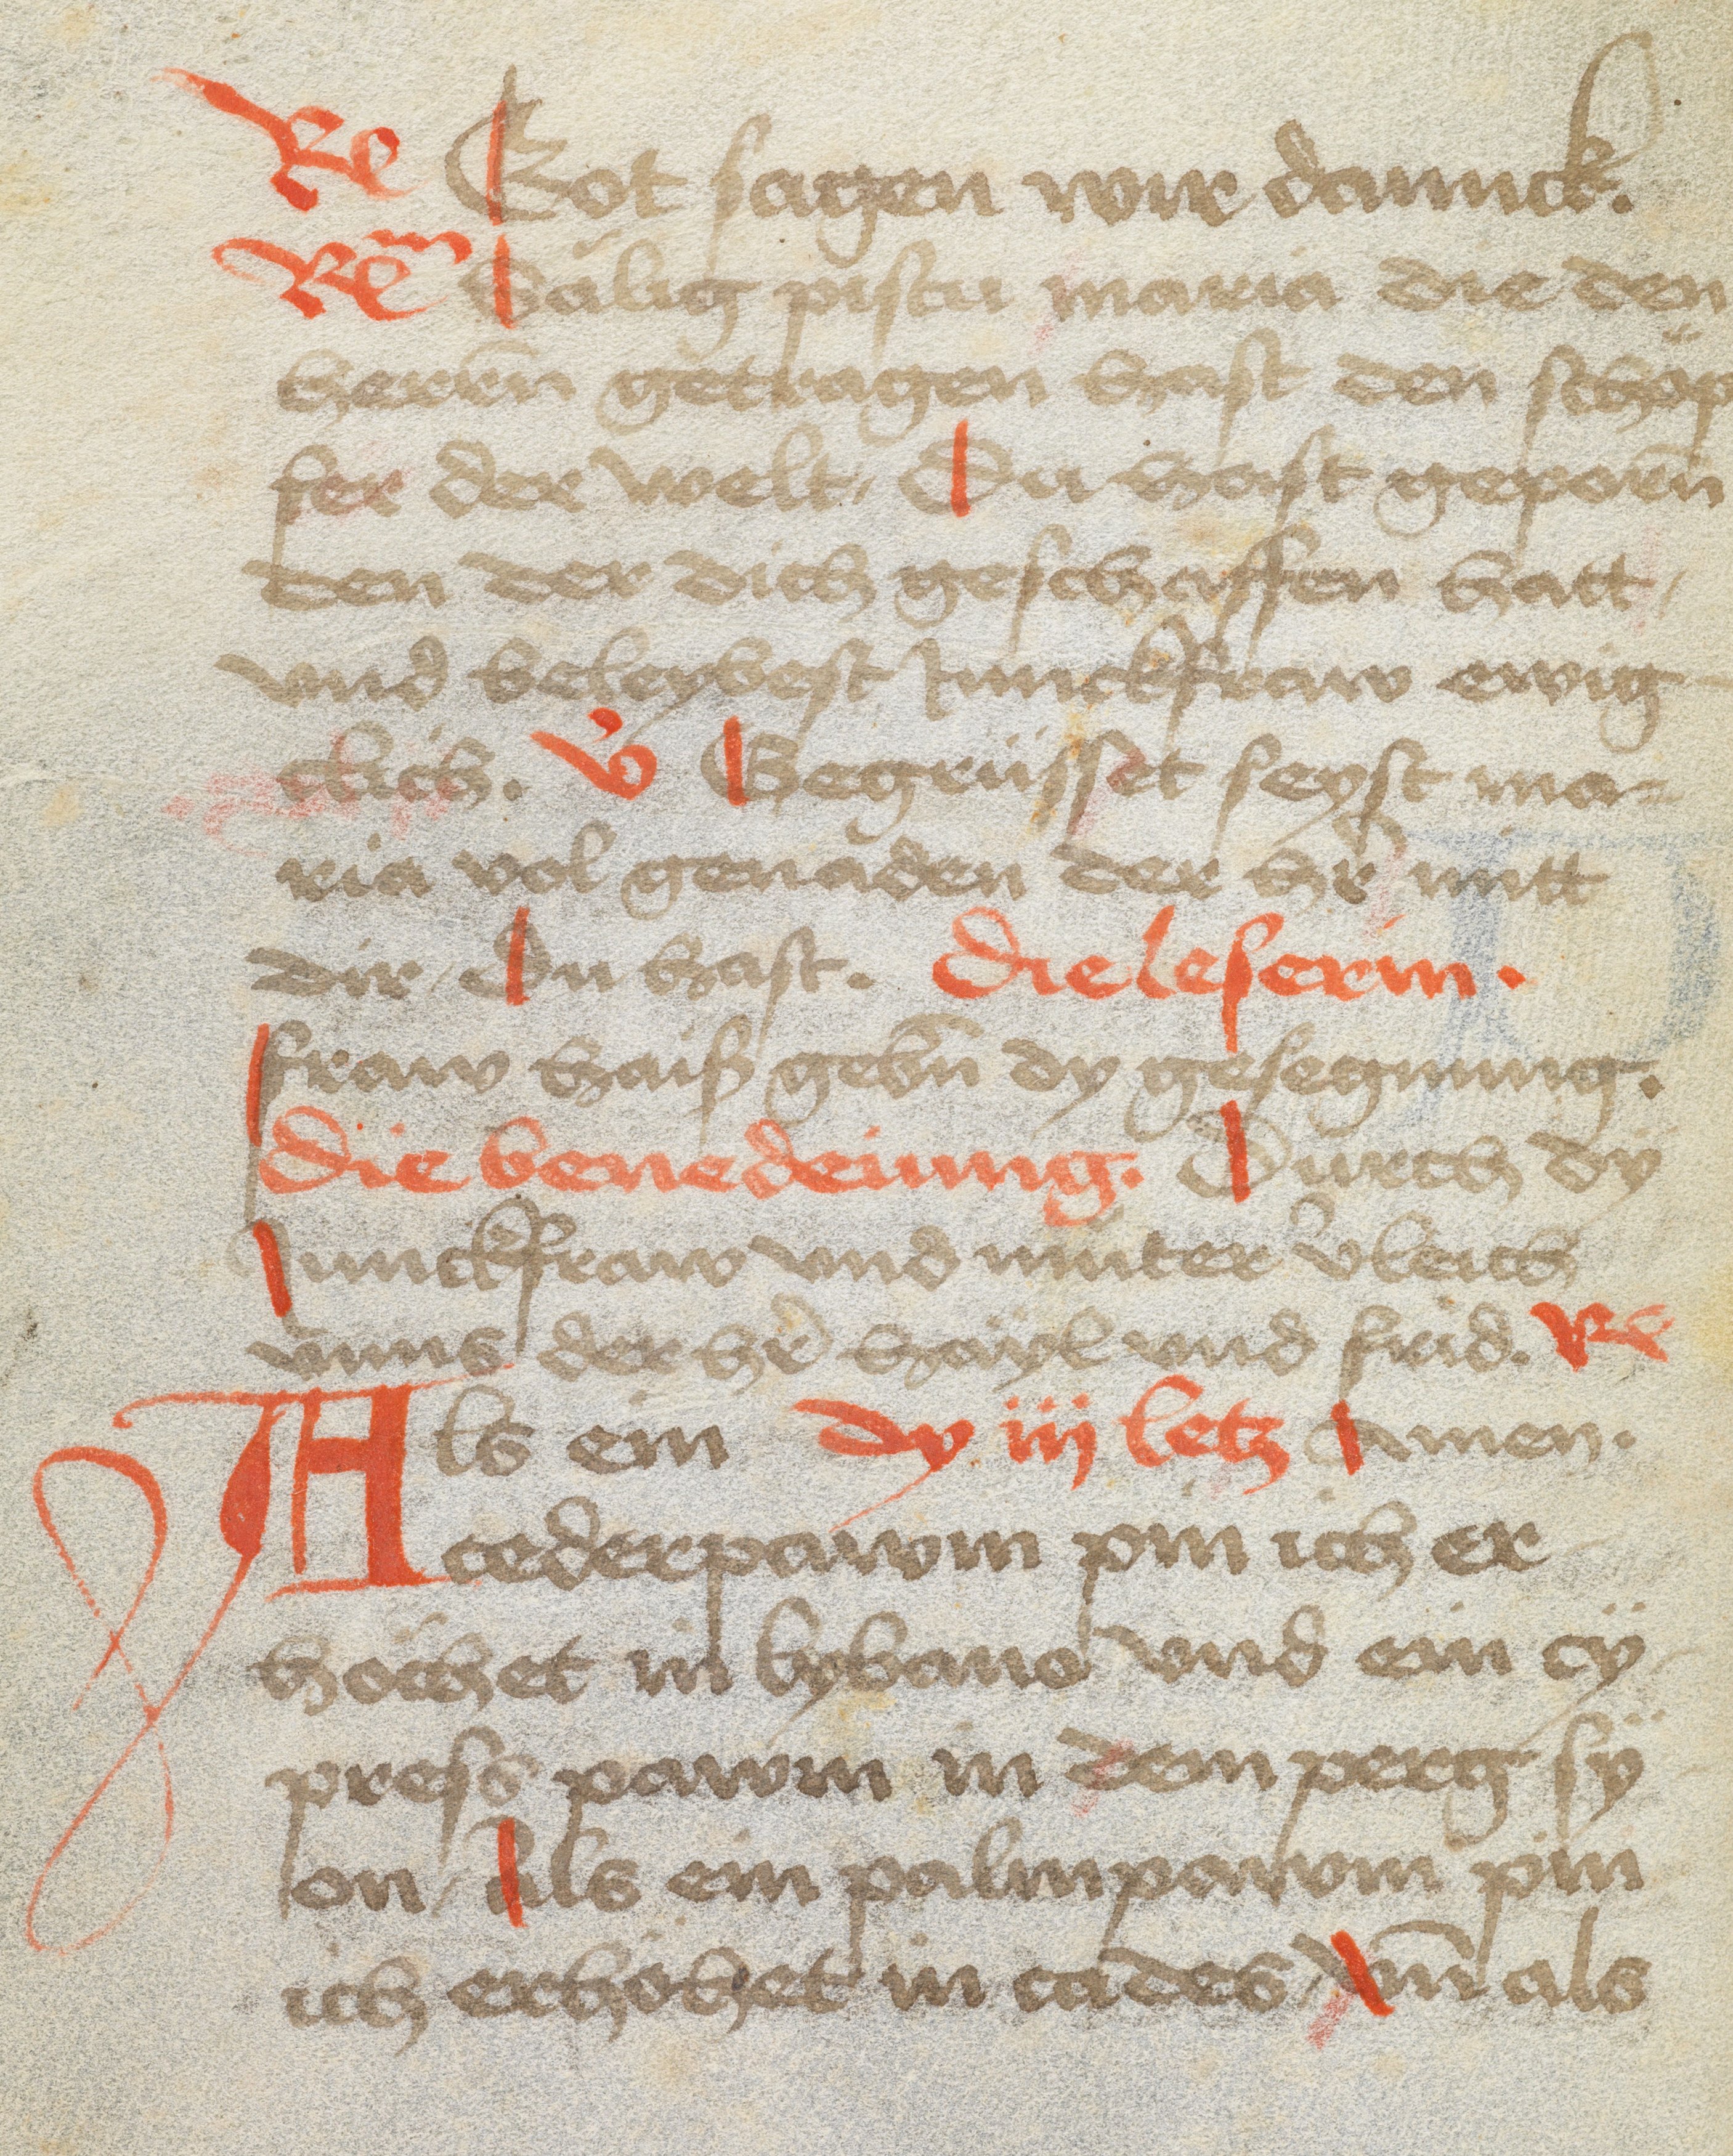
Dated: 1475–1524